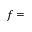
f =